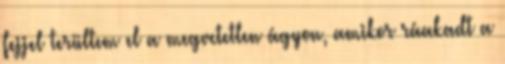
fejjel terültem el a megvetetlen ágyon, amikor ráakadt a